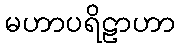
မဟာပရိဠာဟာ